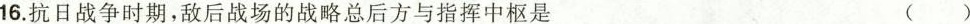
16.抗日战争时期，敌后战场的战略总后方与指挥中枢是 ()